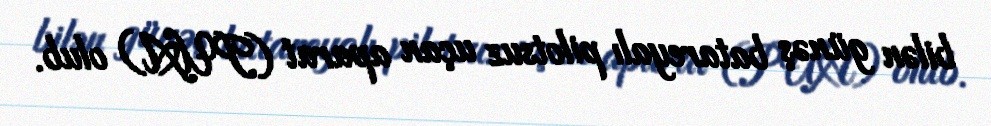
bilən günəş batareyalı pilotsuz uçan aparat (PUA) olub.